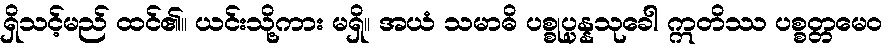
ရှိသင့်မည် ထင်၏။ ယင်းသို့ကား မရှိ။ အယံ သမာဓိ ပစ္စုပ္ပန္နသုခေါ ဣတိဿ ပစ္စတ္တမေဝ